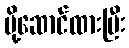
ပို့ဆောင်ထားပြီး